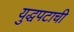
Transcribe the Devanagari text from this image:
युद्धपटाची